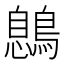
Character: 𪃼